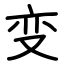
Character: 变